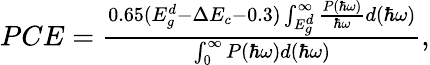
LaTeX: \begin{array}{r}{PCE=\frac{0.65(E_{g}^{d}-\Delta E_{c}-0.3)\int_{E_{g}^{d}}^{\infty}\frac{P(\hbar\omega)}{\hbar\omega}d(\hbar\omega)}{\int_{0}^{\infty}P(\hbar\omega)d(\hbar\omega)},}\end{array}